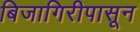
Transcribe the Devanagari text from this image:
बिजागिरीपासून